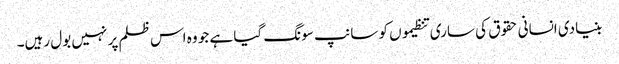
بنیادی انسانی حقوق کی ساری تنظیموں کو سانپ سونگ گیا ہے جو وہ اس ظلم پر نہیں بول رہیں۔